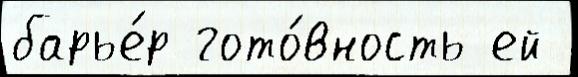
барье́р гото́вность ей